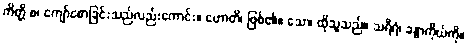
ကိတ္တိ စ၊ ကျော်စောခြင်းသည်လည်းကောင်း။ ဟောတိ၊ ဖြစ်၏။ သော၊ ထိုသူသည်။ သရီရံ၊ ခန္ဓာကိုယ်ကို။